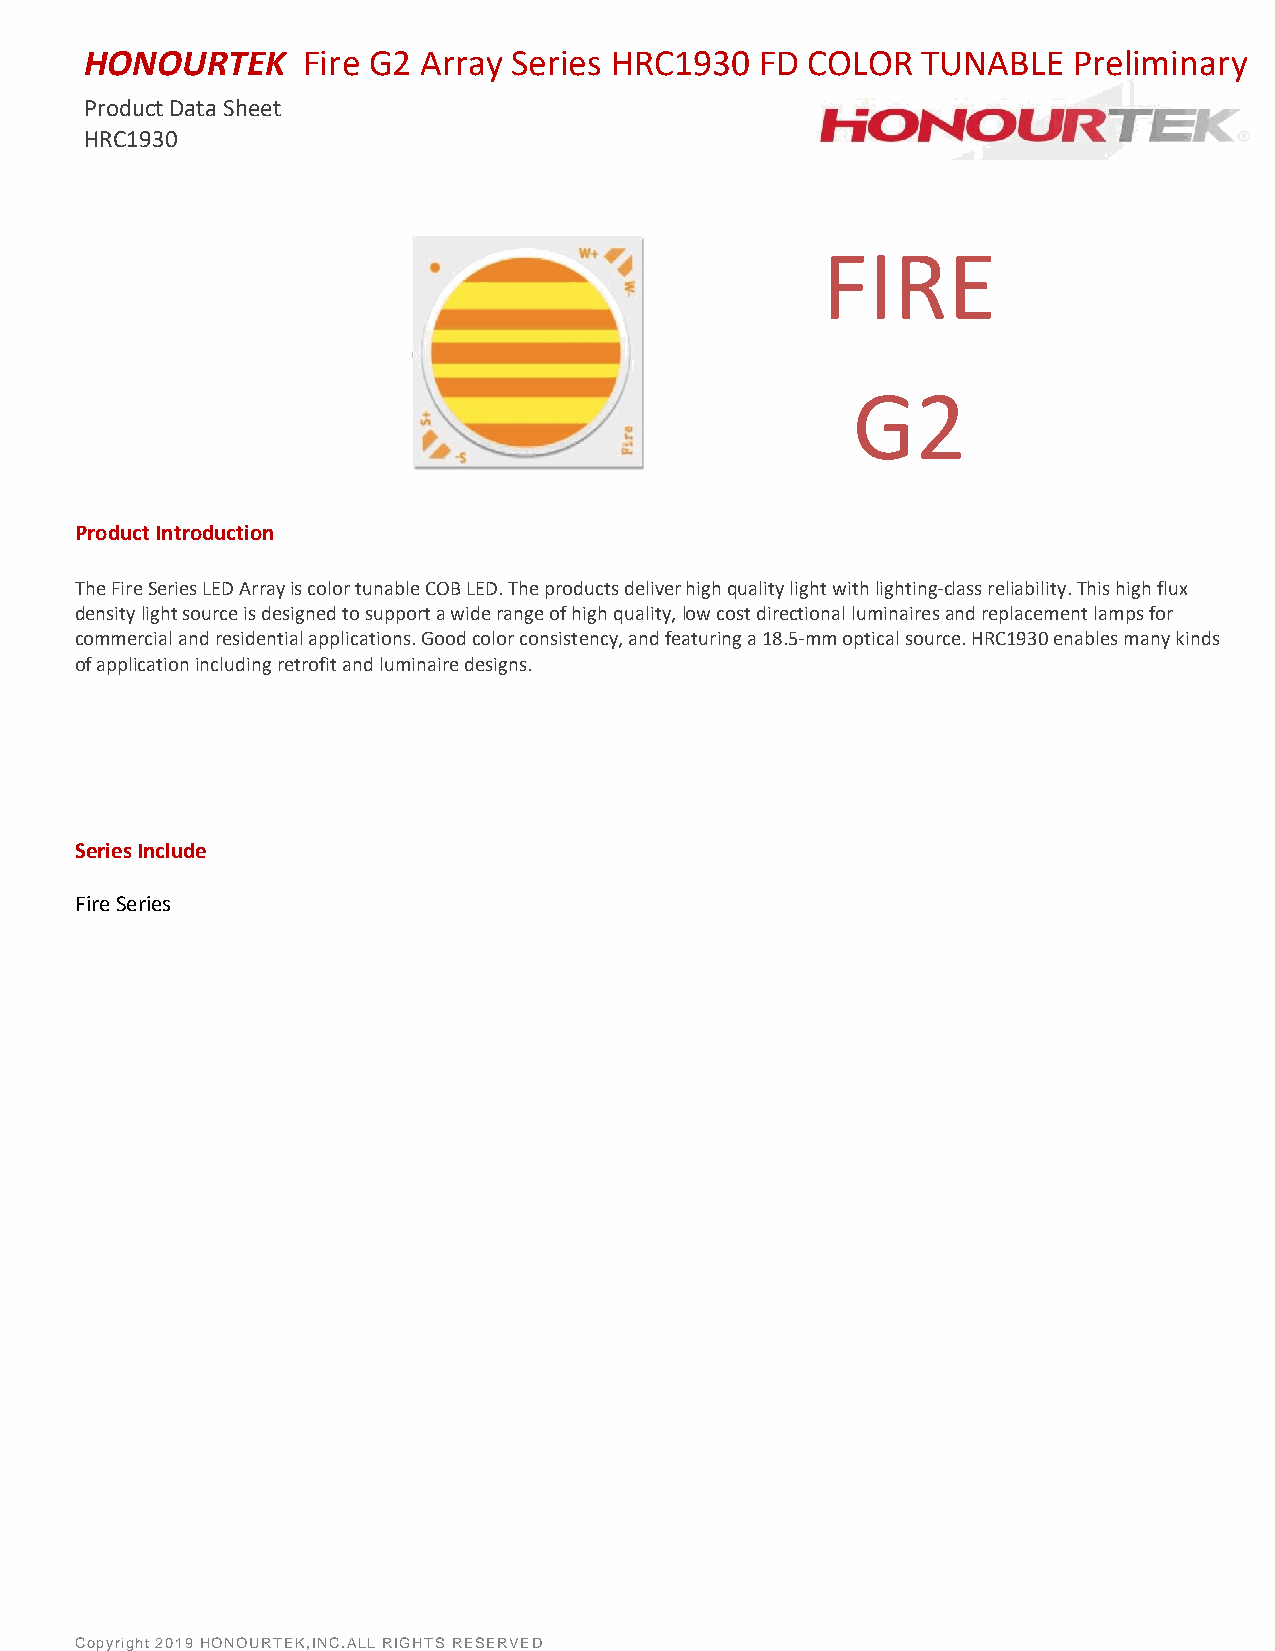
HONOURTEK     Fire G2 Array Series HRC1930  FD COLOR   TUNABLE   Preliminary
 Product Data Sheet
 HRC1930
 FIRE
 G2
 Product Introduction
 The Fire Series LED Array is color tunable COB LED. The products deliver high quality light with lighting-class reliability. This high flux
 density light source is designed to support a wide range of high quality, low cost directional luminaires and replacement lamps for
 commercial and residential applications. Good color consistency, and featuring a 18.5-mm optical source. HRC1930 enables many kinds
 of application including retrofit and luminaire designs.
 Series Include
 Fire Series
 Copyright 2019 HONOURTEK,INC.ALL RIGHTS RESERVED